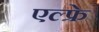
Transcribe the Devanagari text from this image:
एल्फ्रे